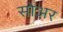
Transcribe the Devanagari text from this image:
सोअर